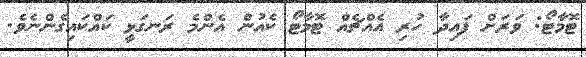
ޓޮމާޓޯ: ވަރަށް ފައިދާ ހުރި އެއްޗެއް ޓޮމާޓޯ ކެއުން އެންމެ ރަނގަޅީ ކައްކައިގެންނެވެ.